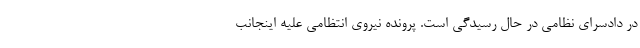
در دادسرای نظامی در حال رسیدگی است. پرونده نیروی انتظامی علیه اینجانب